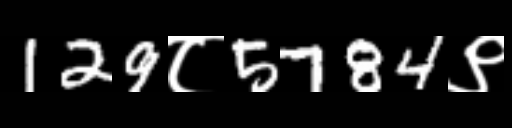
Text: 129८5784९